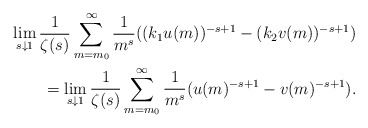
\begin{align*}\lim_{s\downarrow 1}\frac{1}{\zeta(s)}\sum_{m=m_0}^{\infty}\frac{1}{m^s}((k_1u(m))^{-s+1}-(k_2v(m))^{-s+1})\\=\lim_{s\downarrow 1}\frac{1}{\zeta(s)}\sum_{m=m_0}^{\infty}\frac{1}{m^s}(u(m)^{-s+1}-v(m)^{-s+1}).\end{align*}